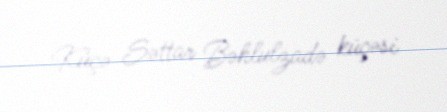
Küçə Səttar Bəhlulzadə küçəsi